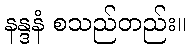
နန္ဒနံ စသည်တည်း။